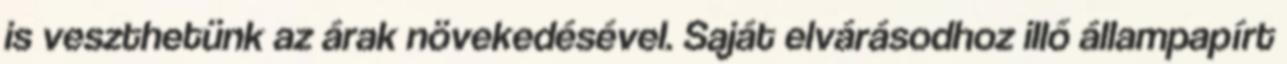
is veszthetünk az árak növekedésével. Saját elvárásodhoz illő állampapírt